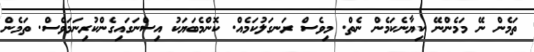
ތަމެން ނޭ މަމެންނޭ ކިޔާނެކަމެން ނެތް. މިވެސް ރަނގަލުކަމެެއް. ކޮންމެބަޔަކު އިސްނަގައިގެންކުރިނަމަވެސް. ތަމެން